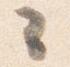
々